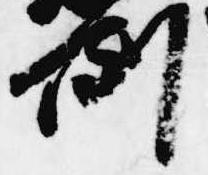
例